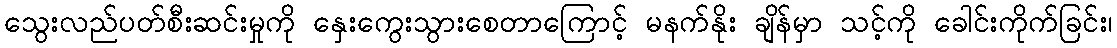
သွေးလည်ပတ်စီးဆင်းမှုကို နှေးကွေးသွားစေတာကြောင့် မနက်နိုး ချိန်မှာ သင့်ကို ခေါင်းကိုက်ခြင်း၊